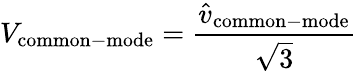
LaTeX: V_{\mathrm{common-mode}}={\frac{{\hat{v}}_{\mathrm{common-mode}}}{\sqrt{3}}}